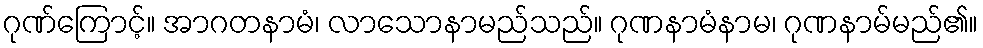
ဂုဏ်ကြောင့်။ အာဂတနာမံ၊ လာသောနာမည်သည်။ ဂုဏနာမံနာမ၊ ဂုဏနာမ်မည်၏။